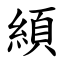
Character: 䋶